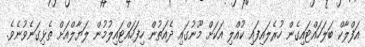
އަފްލާކް ބަލަހައްޓައިގެން ހުރެލައިފައި ކުއްލި އަކަށް މޫނުގައި ދެއަތުން ހިފަހައްޓައިލުމުން ލަޔާލްއަށް ތެޅިގަނެވުނެވެ.